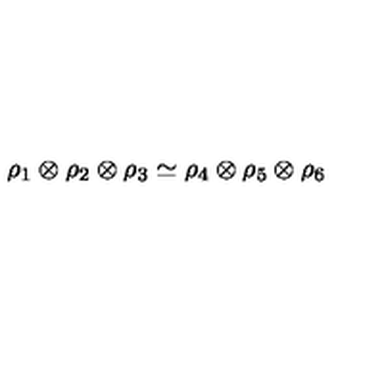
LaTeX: \rho _ { 1 } \otimes \rho _ { 2 } \otimes \rho _ { 3 } \simeq \rho _ { 4 } \otimes \rho _ { 5 } \otimes \rho _ { 6 }